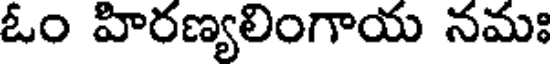
ఓం హిరణ్యలింగాయ నమః